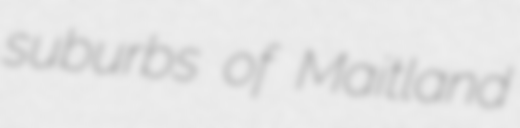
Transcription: suburbs of Maitland